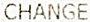
CHANGE